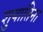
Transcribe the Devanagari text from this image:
शुयातिना